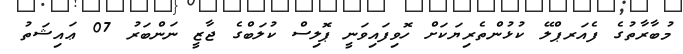
މުބާރާތުގެ ފެއަރޕްލޭ ކުޅުންތެރިޔަކަށް ހޮވިފައިވަނީ ޕޮލިސް ކުލަބްގެ ޖާޒީ ނަންބަރު 07 ޢައިޝަތު